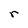
Character: r